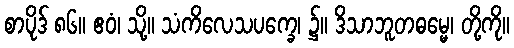
စာပိုဒ် ၈၆။ ဧဝံ၊ သို့။ သံကိလေသပက္ခေ၊ ၌။ ဒိသာဘူတဓမ္မေ၊ တို့ကို။